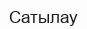
Сатылау